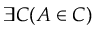
\exists C ( A \in C )